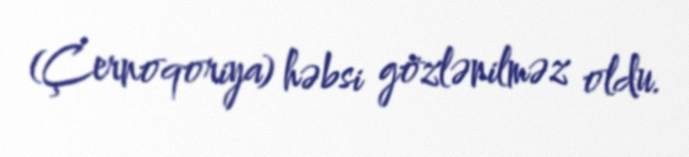
(Çernoqoriya) həbsi gözlənilməz oldu.